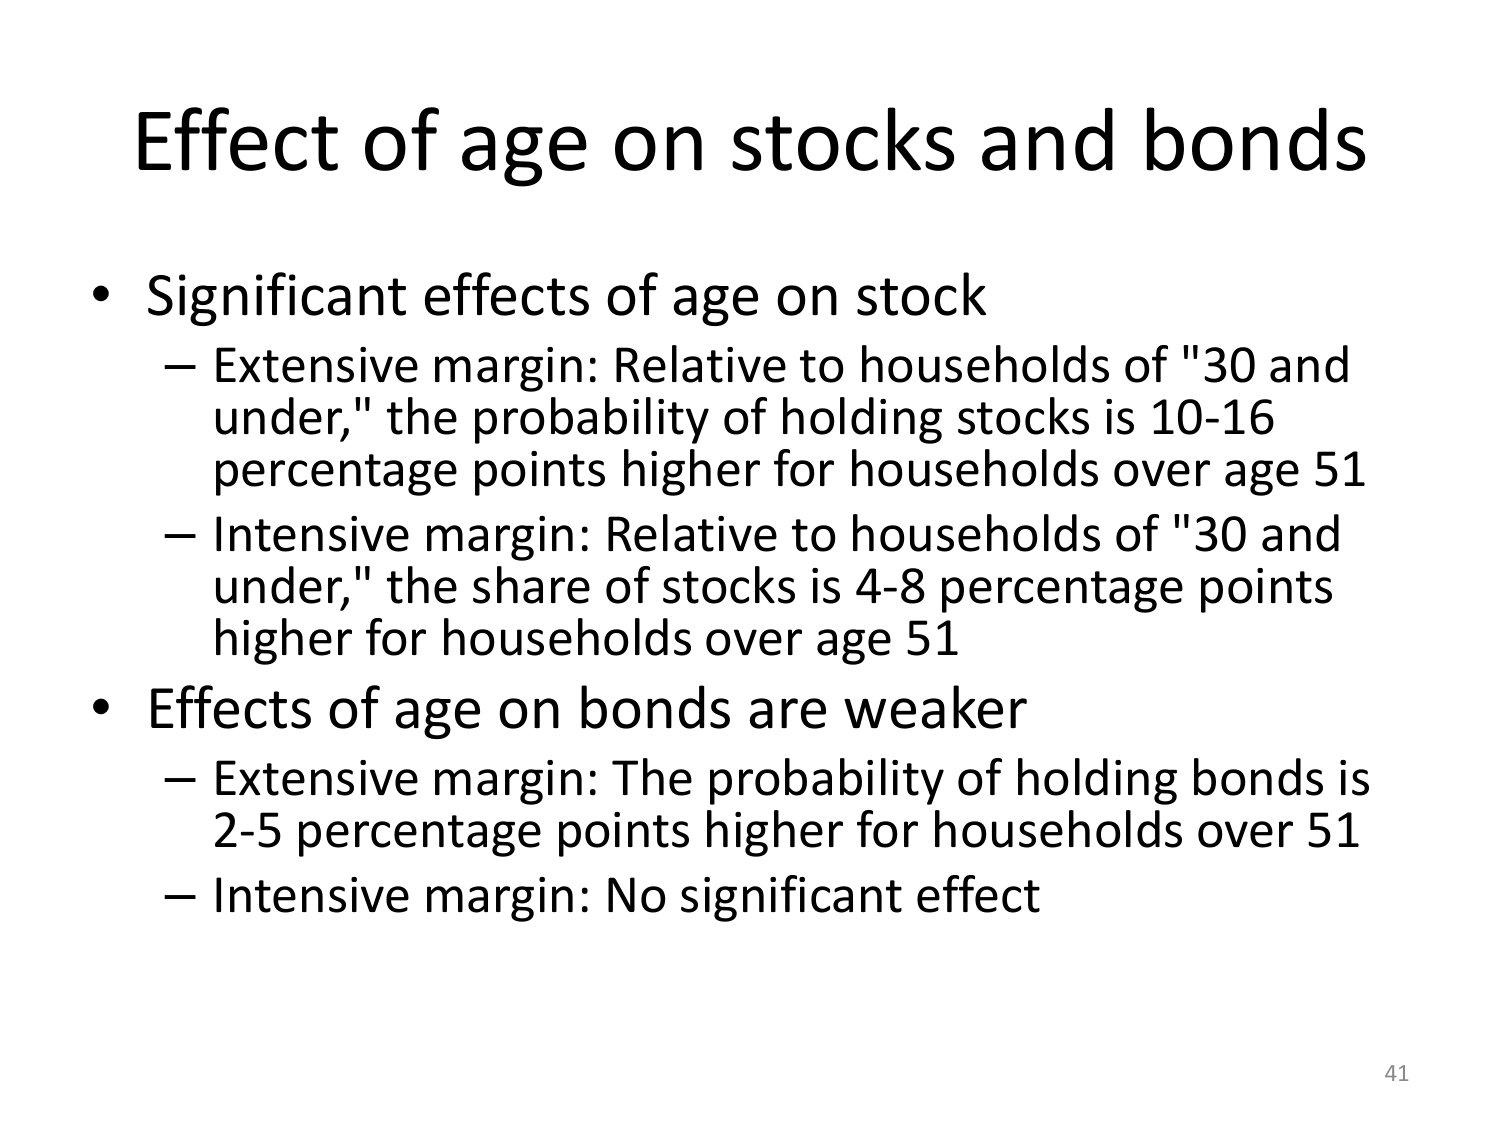
Effect of age on stocks and bonds

• Significant effects of age on stock
  – Extensive margin: Relative to households of "30 and under," the probability of holding stocks is 10-16 percentage points higher for households over age 51
  – Intensive margin: Relative to households of "30 and under," the share of stocks is 4-8 percentage points higher for households over age 51

• Effects of age on bonds are weaker
  – Extensive margin: The probability of holding bonds is 2-5 percentage points higher for households over 51
  – Intensive margin: No significant effect

41